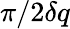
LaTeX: \pi/2\delta q